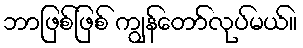
ဘာဖြစ်ဖြစ် ကျွန်တော်လုပ်မယ်။